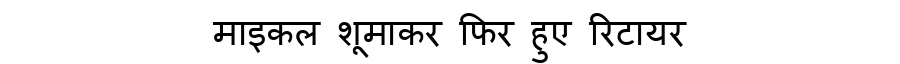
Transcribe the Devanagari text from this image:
माइकल शूमाकर फिर हुए रिटायर